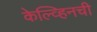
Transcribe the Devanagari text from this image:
केल्व्हिनची